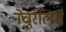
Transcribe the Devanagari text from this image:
नेचुरलिस